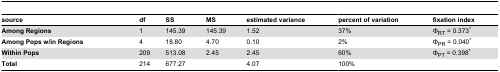
<table><thead><tr><td><b>source</b></td><td><b>df</b></td><td><b>SS</b></td><td><b>MS</b></td><td><b>estimated variance</b></td><td><b>percent of variation</b></td><td><b>fixation index</b></td></tr></thead><tbody><tr><td><b>Among Regions</b></td><td>1</td><td>145.39</td><td>145.39</td><td>1.52</td><td>37%</td><td>Φ<sub>RT</sub> = 0.373*</td></tr><tr><td><b>Among Pops w/in Regions</b></td><td>4</td><td>18.80</td><td>4.70</td><td>0.10</td><td>2%</td><td>Φ<sub>PR</sub> = 0.040*</td></tr><tr><td><b>Within Pops</b></td><td>209</td><td>513.08</td><td>2.45</td><td>2.45</td><td>60%</td><td>Φ<sub>PT</sub> = 0.398*</td></tr><tr><td><b>Total</b></td><td>214</td><td>677.27</td><td></td><td>4.07</td><td>100%</td><td></td></tr></tbody></table>